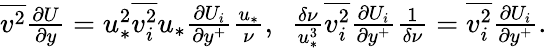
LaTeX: \begin{array}{r}{\overline{{v^{2}}}\frac{\partial U}{\partial y}=u_{*}^{2}\overline{{v_{i}^{2}}}u_{*}\frac{\partial U_{i}}{\partial y^{+}}\frac{u_{*}}{\nu},\ \ \frac{\delta\nu}{u_{*}^{3}}\overline{{v_{i}^{2}}}\frac{\partial U_{i}}{\partial y^{+}}\frac{1}{\delta\nu}=\overline{{v_{i}^{2}}}\frac{\partial U_{i}}{\partial y^{+}}.}\end{array}